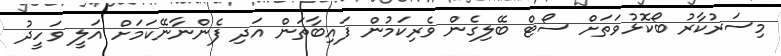
މިސަރުކާރު ބޯކޮޅުވަތަށް ސޯޓް ބޭލިގެން ވެރިކަމުން ފައިބާތަން އަދި ފެންނާނޭކަމަށް އަލީ ވަހީދު